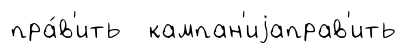
пра́в'ить кампан'иjаправ'ить